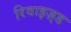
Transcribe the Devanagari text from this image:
रिवाइज़्ड